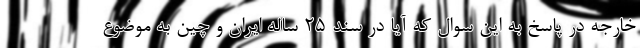
خارجه در پاسخ به این سوال که آیا در سند ۲۵ ساله ایران و چین به موضوع